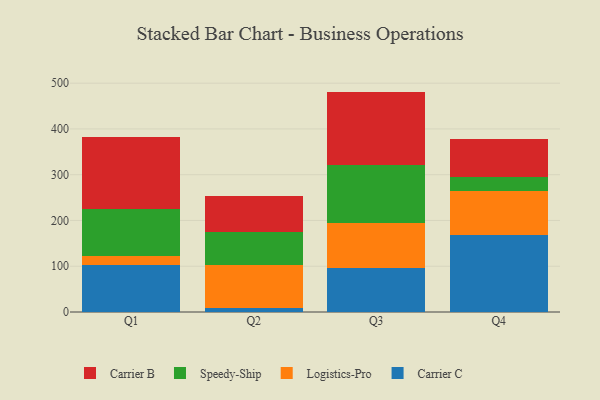
{"axis": {"x": "Quarter", "y": "Satisfaction Score"}, "legend": ["Carrier B", "Carrier C", "Logistics-Pro", "Speedy-Ship"], "data": [{"x": "Q1", "y": 101.7, "type": "Carrier C"}, {"x": "Q1", "y": 20.9, "type": "Logistics-Pro"}, {"x": "Q1", "y": 102.5, "type": "Speedy-Ship"}, {"x": "Q1", "y": 157.6, "type": "Carrier B"}, {"x": "Q2", "y": 8.5, "type": "Carrier C"}, {"x": "Q2", "y": 93.6, "type": "Logistics-Pro"}, {"x": "Q2", "y": 73.0, "type": "Speedy-Ship"}, {"x": "Q2", "y": 79.4, "type": "Carrier B"}, {"x": "Q3", "y": 96.9, "type": "Carrier C"}, {"x": "Q3", "y": 98.2, "type": "Logistics-Pro"}, {"x": "Q3", "y": 126.9, "type": "Speedy-Ship"}, {"x": "Q3", "y": 159.6, "type": "Carrier B"}, {"x": "Q4", "y": 168.1, "type": "Carrier C"}, {"x": "Q4", "y": 96.9, "type": "Logistics-Pro"}, {"x": "Q4", "y": 29.0, "type": "Speedy-Ship"}, {"x": "Q4", "y": 83.6, "type": "Carrier B"}]}